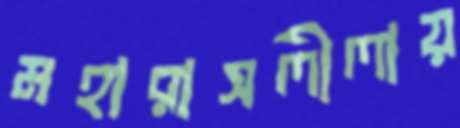
মহারাসলীলায়